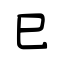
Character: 巳